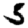
Digit: 5